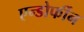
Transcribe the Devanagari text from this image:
एन्डोर्फीन